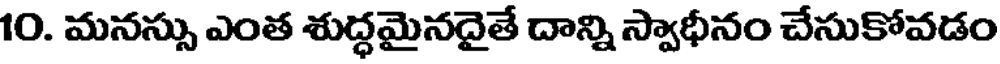
10. మనస్సు ఎంత శుద్ధమైనదైతే దాన్ని స్వాధీనం చేసుకోవడం